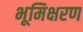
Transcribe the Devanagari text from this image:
भूमिक्षरण